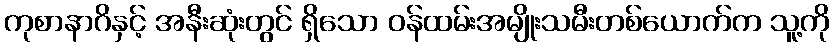
ကုစာနာဂိနှင့် အနီးဆုံးတွင် ရှိသော ဝန်ထမ်းအမျိုးသမီးတစ်ယောက်က သူ့ကို